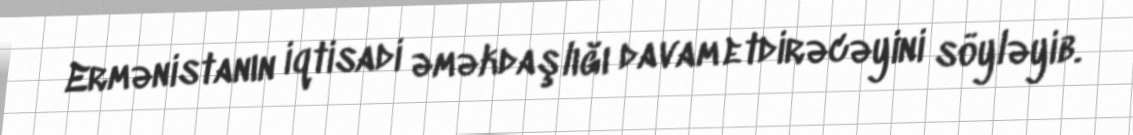
Ermənistanın iqtisadi əməkdaşlığı davam etdirəcəyini söyləyib.